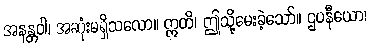
အနန္တဝါ၊ အဆုံးမရှိသလော။ ဣတိ၊ ဤသို့မေးခဲ့သော်။ ဌပနီယော၊